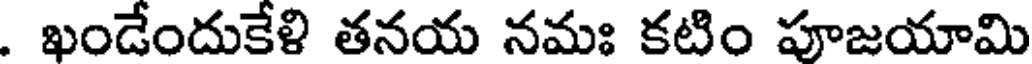
. ఖండేందుకేళి తనయ నమః కటిం పూజయామి